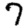
Digit: 7